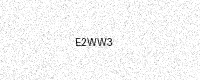
Text: E2WW3